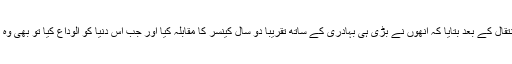
67 سالہ رشی کپور کے گھر والوں نے انتقال کے بعد بتایا کہ انھوں نے بڑی ہی بہادری کے ساتھ تقریباً دو سال کینسر کا مقابلہ کیا اور جب اس دنیا کو الوداع کیا تو بھی وہ کسی طرح کمزور نظر نہیں آ رہے تھے۔